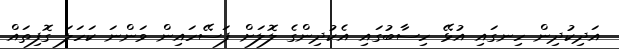
އަދިކުދިން ހިނގައި އުޅޭ ހިސާބުގައި އެކުދިންގެ ލޮލަށް ފަސޭހައިން ވަންނަ ކަހަލަ ގޮފިތައް